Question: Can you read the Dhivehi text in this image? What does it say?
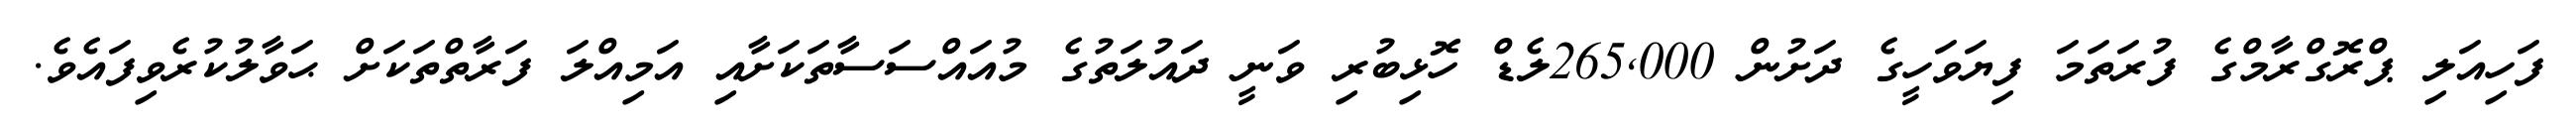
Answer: ފަހިއަލި ޕްރޮގްރާމްގެ ފުރަތަމަ ފިޔަވަހީގެ ދަށުން 265,000ލެޑް ހޮޅިބުރި ވަނީ ދައުލަތުގެ މުއައްސަސާތަކަށާއި އަމިއްލަ ފަރާތްތަކަށް ޙަވާލުކުރެވިފައެވެ.